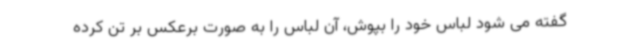
گفته می شود لباس خود را بپوش، آن لباس را به صورت برعکس بر تن کرده